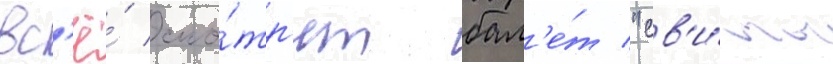
вс'ё́ смо́тр'ят бал'е́т "св'и́ты